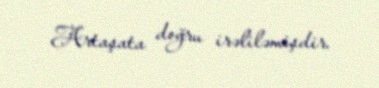
Artaşata doğru irəliləmişdir.